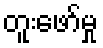
တူးဖော်မှု